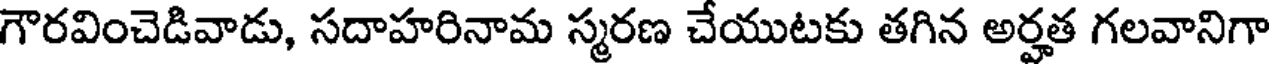
గౌరవించెడివాడు, సదాహరినామ స్మరణ చేయుటకు తగిన అర్హత గలవానిగా